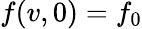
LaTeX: f(v,0)=f_{0}